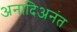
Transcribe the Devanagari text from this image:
अनादिअनंत